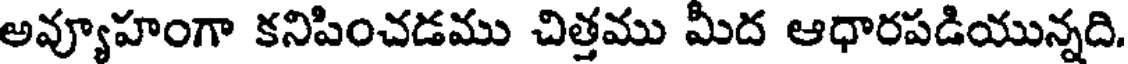
అవ్యూహంగా కనిపించడము చిత్తము మీద ఆధారపడియున్నది